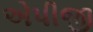
એપીજી